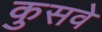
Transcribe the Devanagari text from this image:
कुसवे